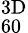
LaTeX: ^{3\mathrm{D}}_{60}